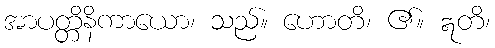
အာပတ္တိနိကာယော၊ သည်။ ဟောတိ၊ ၏။ ဣတိ၊